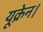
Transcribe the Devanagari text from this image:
यूक्रेन।